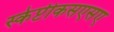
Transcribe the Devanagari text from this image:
स्केप्टीकसएसए